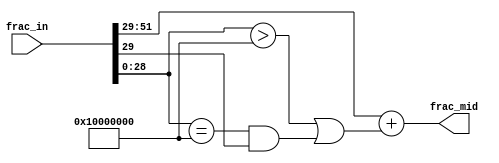
//////////////////////////////////////////////////////////////////////////////
//
// Copyright (c) 2014 PANGO MICROSYSTEMS, INC
// ALL RIGHTS REVERVED.
//
// THE SOURCE CODE CONTAINED HEREIN IS PROPRIETARY TO PANGO MICROSYSTEMS, INC.
// IT SHALL NOT BE REPRODUCED OR DISCLOSED IN WHOLE OR IN PART OR USED BY
// PARTIES WITHOUT WRITTEN AUTHORIZATION FROM THE OWNER.
//
//////////////////////////////////////////////////////////////////////////////
//
// Library:
// Function: 
//
//////////////////////////////////////////////////////////////////////////////
`timescale 1ns/1ns

module ipsxe_floating_point_frac_round_v1_0 #(
    parameter FLOAT_IN_FRAC = 53,
    parameter FLOAT_OUT_FRAC = 24
)
(
    input [FLOAT_IN_FRAC-2:0] frac_in,
    output [FLOAT_OUT_FRAC-1:0] frac_mid
);

    localparam FRAC_ROUND_BITS = FLOAT_IN_FRAC - FLOAT_OUT_FRAC;

    wire carry, carry_mid, frac_carry;

    //round_v6 #( //round to even
    //    .FLOAT_FRAC_BIT(FLOAT_IN_FRAC-FLOAT_OUT_FRAC)
    //) u_round (
    //    .data_in(frac_in[FLOAT_IN_FRAC-FLOAT_OUT_FRAC-1:0]),
    //    .carry(carry),
    //    .carry_mid(carry_mid)
    //);

    assign carry = frac_in[FRAC_ROUND_BITS-1:0] > {{1'b1},{(FRAC_ROUND_BITS-1){1'b0}}};
    assign carry_mid = frac_in[FRAC_ROUND_BITS-1:0] == {{1'b1},{(FRAC_ROUND_BITS-1){1'b0}}};

    assign frac_carry = carry | (carry_mid & frac_in[FRAC_ROUND_BITS]);
    assign frac_mid = frac_in[FLOAT_IN_FRAC-2 -: FLOAT_OUT_FRAC-1] + frac_carry;

endmodule